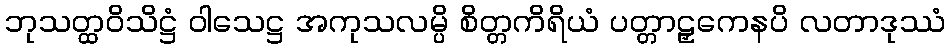
ဘုသတ္ထဝိသိဋ္ဌံ ဝါသေဋ္ဌ အကုသလမ္ပိ စိတ္တကိရိယံ ပတ္တာဠှကေနပိ လတာဒုဿံ